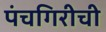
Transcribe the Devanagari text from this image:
पंचगिरीची